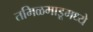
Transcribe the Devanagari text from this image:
तमिळमाडूमध्ये